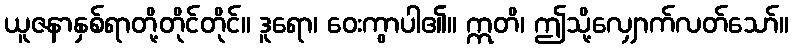
ယူဇနာနှစ်ရာတို့တိုင်တိုင်။ ဒူရော၊ ဝေးကွာပါ၏။ ဣတိ၊ ဤသို့လျှောက်လတ်သော်။